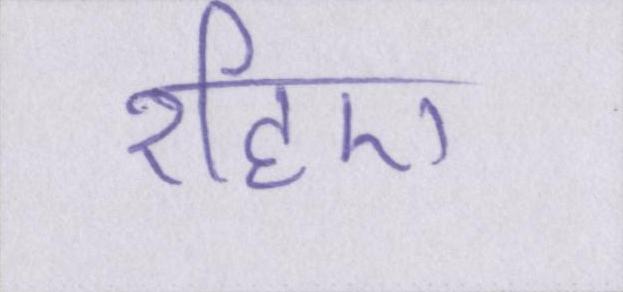
रहिए